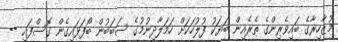
މުޒާހިރާގެ ބައިވެރިންގެ ތެރެއިން ބަޔަކު ފުލުހަކަށް ހަމަލާދިނުމުގެ ސަބަބުން ބޯފަޅައިގެން ގޮސްފައި --